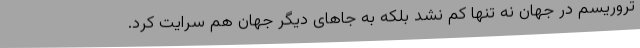
تروریسم در جهان نه تنها کم نشد بلکه به جاهای دیگر جهان هم سرایت کرد.